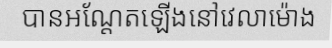
បានអណ្តែតឡើងនៅវេលាម៉ោង